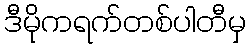
ဒီမိုကရက်တစ်ပါတီမှ